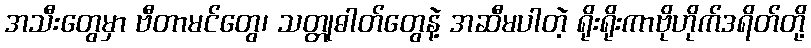
အသီးတွေမှာ ဗီတာမင်တွေ၊ သတ္တုဓါတ်တွေနဲ့ အဆီမပါတဲ့ ရိုးရိုးကာဗိုဟိုက်ဒရိတ်တို့